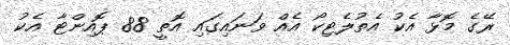
ރޭގެ މޮޅާ އެކު އެތުލެޓިކޯ އެއް ވަނައިގައި އޮތީ 88 ޕޮއިންޓާ އެކު